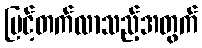
မြင့်တက်လာသည့်အတွက်